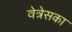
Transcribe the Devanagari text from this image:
वेत्रेसका